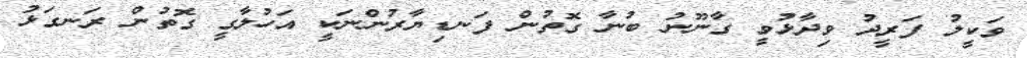
ވަކީލު ފަރީދު ވިދާޅުވީ ގާނޫނު ބުނާ ގޮތުން ފަނޑިޔާރުންނަކީ އަހުލާގީ ގޮތުން ރަނގަޅު